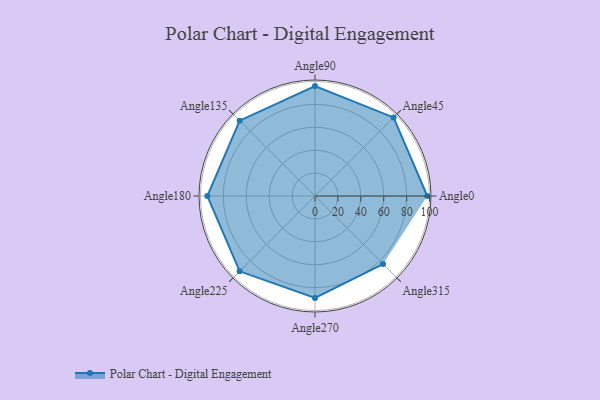
{"axis": {"x": "Angle", "y": "Radius"}, "legend": [""], "data": [{"x": "Angle0", "y": 98.0, "type": ""}, {"x": "Angle45", "y": 97.0, "type": ""}, {"x": "Angle90", "y": 96.0, "type": ""}, {"x": "Angle135", "y": 93.0, "type": ""}, {"x": "Angle180", "y": 94.0, "type": ""}, {"x": "Angle225", "y": 93.0, "type": ""}, {"x": "Angle270", "y": 89.0, "type": ""}, {"x": "Angle315", "y": 84.0, "type": ""}]}